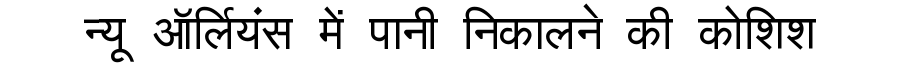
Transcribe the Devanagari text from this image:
न्यू ऑर्लियंस में पानी निकालने की कोशिश